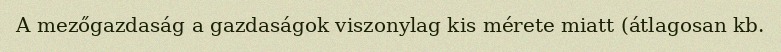
A mezőgazdaság a gazdaságok viszonylag kis mérete miatt (átlagosan kb.